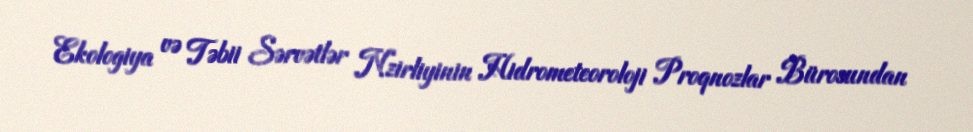
Ekologiya və Təbii Sərvətlər Nzirliyinin Hidrometeoroloji Proqnozlar Bürosundan